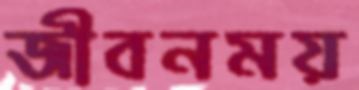
জীবনময়